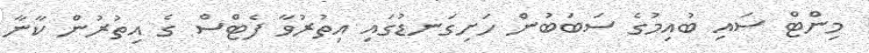
މިންޓް ސައި ބުއިމުގެ ސަބަބުން ހަށިގަނޑުގައި އިތުރުވާ ފެޓްސް ގެ އިތުރުން ކާނާ